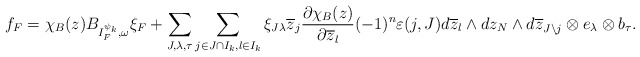
\begin{align*} f_F=\chi_B(z)B_{I_F^{\psi_k},\omega}\xi_F+\sum_{J,\lambda,\tau}\sum_{j\in J\cap I_k,l\in I_k} \xi_{J\lambda}\overline{z}_j\frac{\partial\chi_B(z)}{\partial\overline{z}_l}(-1)^n\varepsilon(j,J)d\overline{z}_l\wedge dz_N\wedge d\overline{z}_{J\setminus j}\otimes e_\lambda\otimes b_\tau. \end{align*}